system: You are a helpful assistant.
user:
Analyze the provided spectrum to determine if it is a **M-type Giant (gM)**.

A M-type Giant spectrum is defined by its **strong molecular absorption** features, particularly from **Titanium Oxide (TiO)**. You must check for one of the following mutually exclusive signatures:

- **Key Visual Indicators (Absorption-Dominated Spectrum):**

    - **(Primary):** The spectrum is dominated by strong molecular absorption from **Titanium Oxide (TiO)**. This is the **defining feature** of its M-type temperature class.
        - **(Key Bandheads):** Look for sharp, "saw-tooth" absorption valleys. The strongest are located near **~7050 Å**, **~6160 Å**, and **~5170 Å**.
        - **(Line Profile):** The "saw-tooth" morphology is critical: a **sharp, steep drop on the BLUE (short-wavelength) side** of the bandhead, followed by a gradual recovery (rising flux) towards the RED (long-wavelength) side.

    - **(Key Confirmation - Giant vs. Dwarf):** **ABSENCE** of strong **Calcium Hydride (CaH)** molecular bands. This is the primary diagnostic for *excluding* M-dwarfs.
        - **(Key Region):** The spectrum should lack the strong, broad absorption band seen in dwarfs between **~6800 Å and ~7000 Å**.

    - **(Secondary Confirmation - Giant):** A very strong and broad **Neutral Calcium (Ca I)** atomic absorption line.
        - **(Key Line):** Located at **~4226 Å**. In a giant (gM), this line is significantly deeper and broader than the same line in an M-dwarf (dM) due to low surface gravity.

    - **(Overall Spectrum):**
        - The continuum is **extremely red-sloping** (i.e., flux is very low in the blue and rises dramatically towards the red).
        - The entire spectrum appears "chopped up" by the deep TiO bands.

Think first, call **spectral_visualization_tool** if needed to examine features in detail, then provide your final answer. Your response must adhere to the following strict rules:
1.  **Overall Structure:** Your response must follow the format `<think>...</think> <tool_call>...</tool_call> (if a tool is used) <answer>...</answer>`.
2.  **Tool Usage Constraint:** You may only make **one** tool call per turn.
3.  **Final Answer Format:** In the `<answer>` tag, your conclusion must be inside a `\boxed{}` command (e.g., `\boxed{YES}` or `\boxed{NO}`), followed by your justification.

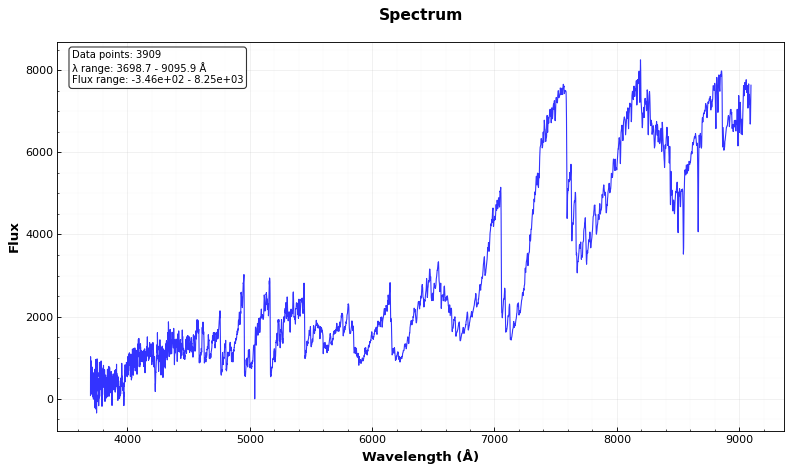
Answer: YES